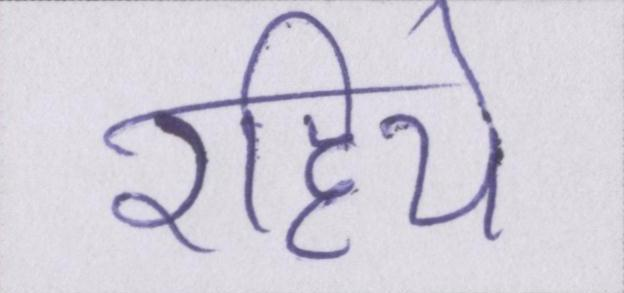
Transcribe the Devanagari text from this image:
रहिये